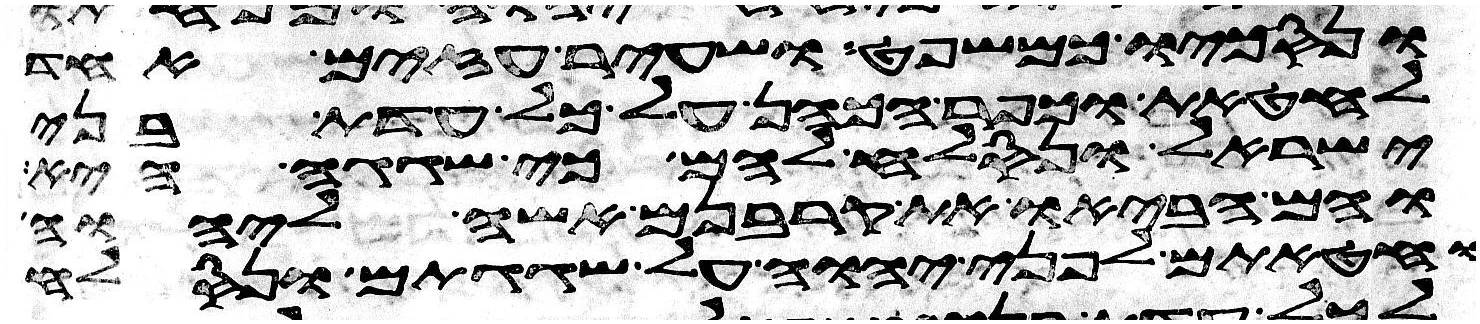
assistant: ונסכו כמשפט ושעיר עזים אחד
לחטאת וכפר הכהן על כל עדת בני
ישראל ונסלח להם כי שגגה היא
והם הביאו את קרבנם אשה ליהוה
וחטאתם לפני יהוה על שגגתם ונסלח